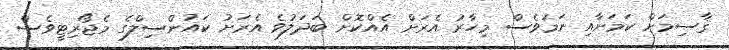
ޤާސިމަށް ކަމަށާއި ނަމަވެސް މިހާރު އެރަށް އެއްކޮށް ބަދަލުވެ އެރަށު ކައުންސިލްގެ މެޖޯރިޓީވެސް